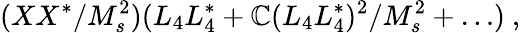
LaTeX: (XX^{*}/M_{s}^{2})(L_{4}L_{4}^{*}+\mathbb{C}(L_{4}L_{4}^{*})^{2}/M_{s}^{2}+\dots)~,